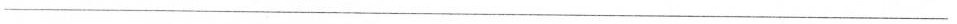
___